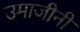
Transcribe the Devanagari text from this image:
उमाजीनी